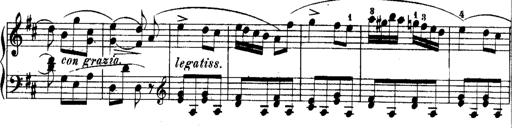
Title: Rondos and Sonatinas for Pianoforte
Composer: Daniel Steibelt